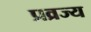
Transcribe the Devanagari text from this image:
प्रव्रज्य